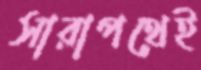
সারাপথেই